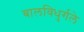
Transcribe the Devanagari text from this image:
बालविधुर्गले